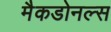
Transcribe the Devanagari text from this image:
मैकडोनल्स